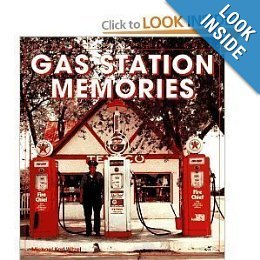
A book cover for Gas station memories; Michael Karl Witzel; Humor & Entertainment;